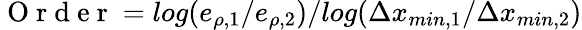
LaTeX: \mathrm{~O~r~d~e~r~}=log(e_{\rho,1}/e_{\rho,2})/log(\Delta x_{min,1}/\Delta x_{min,2})